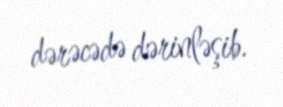
dərəcədə dərinləşib.